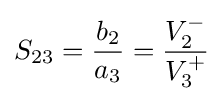
S_{23}={\frac {b_{2}}{a_{3}}}={\frac {V_{2}^{-}}{V_{3}^{+}}}